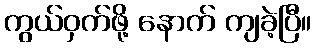
ကွယ်ဝှက်ဖို့ နောက် ကျခဲ့ပြီ။